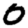
Digit: 0